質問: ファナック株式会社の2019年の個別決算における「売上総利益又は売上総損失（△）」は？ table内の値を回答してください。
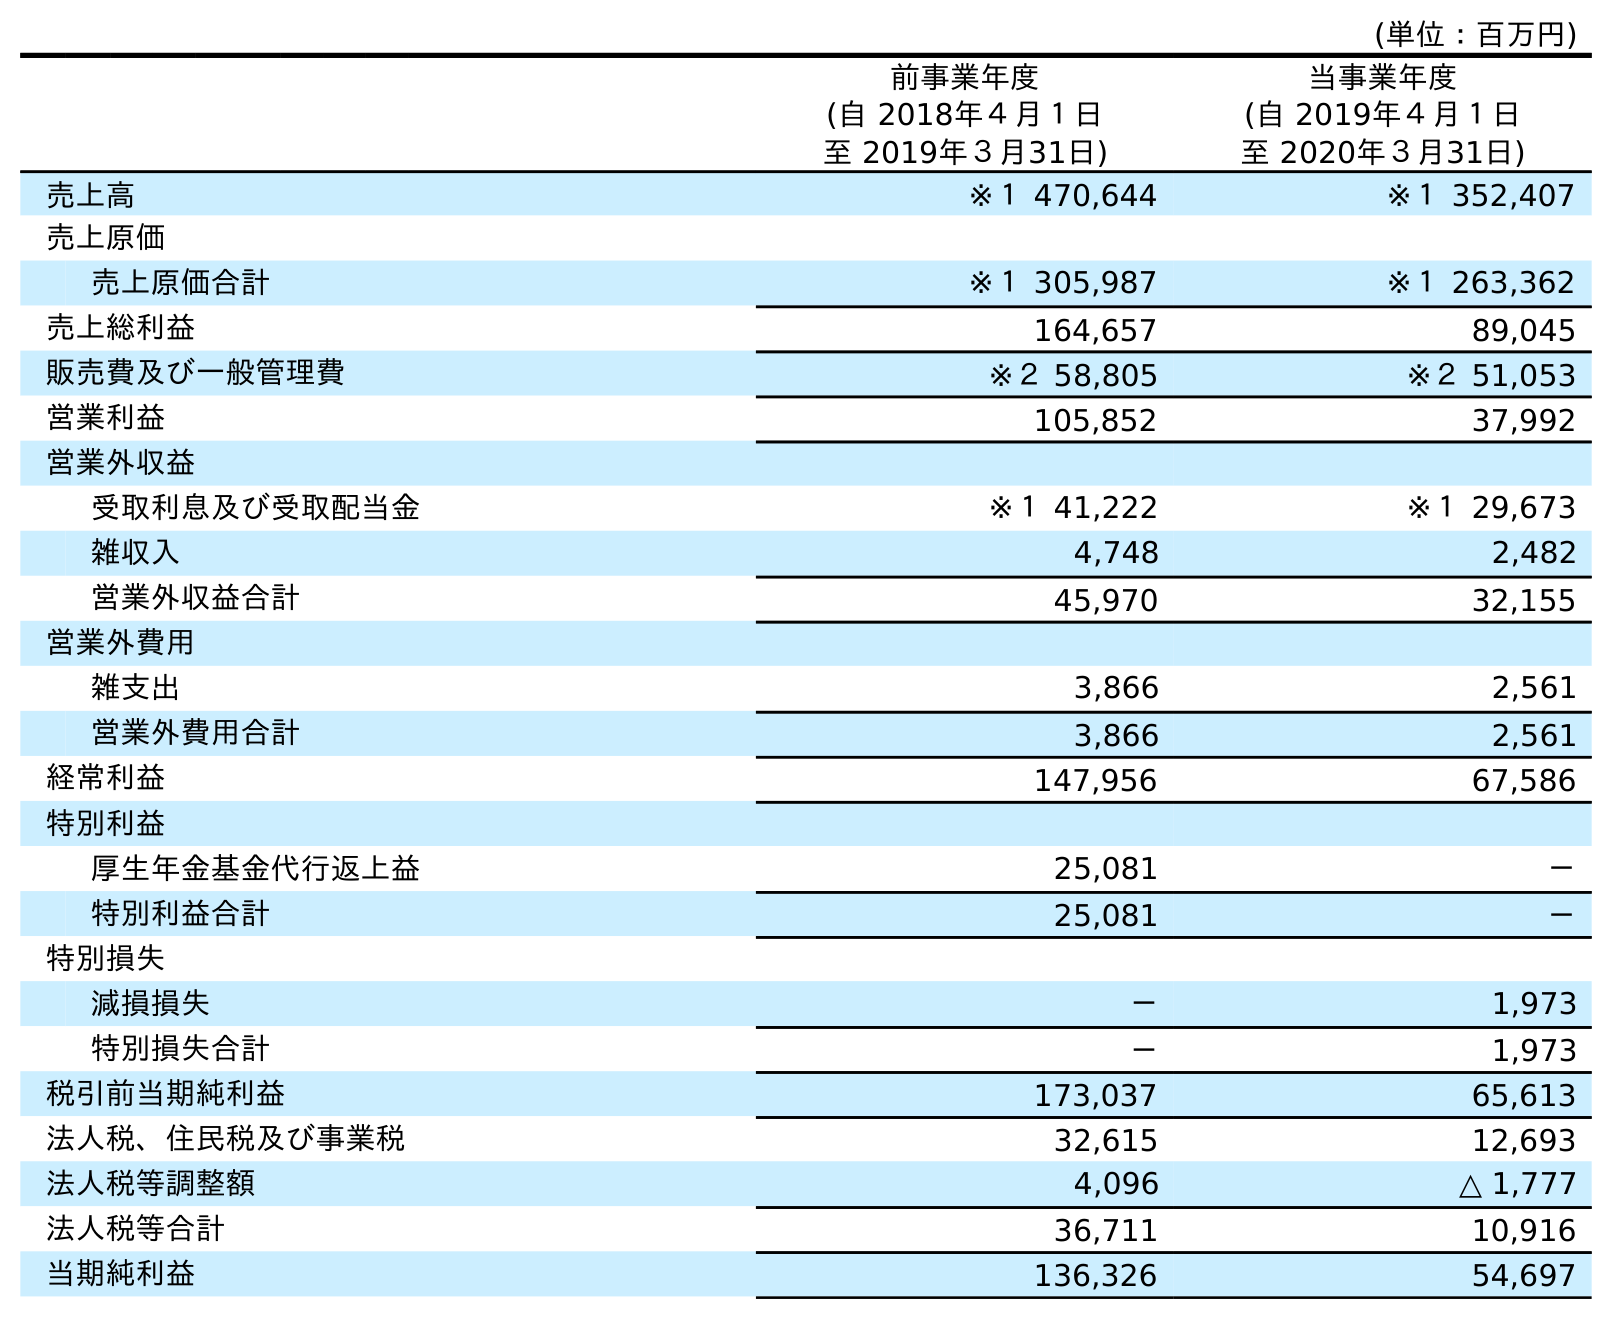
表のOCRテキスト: (単位：百万円) 前事業年度 (自 2018年４月１日 至 2019年３月31日) 当事業年度 (自 2019年４月１日 至 2020年３月31日) 売上高 ※１ 470,644 ※１ 352,407 売上原価 売上原価合計 ※１ 305,987 ※１ 263,362 売上総利益 164,657 89,045 販売費及び一般管理費 ※２ 58,805 ※２ 51,053 営業利益 105,852 37,992 営業外収益 受取利息及び受取配当金 ※１ 41,222 ※１ 29,673 雑収入 4,748 2,482 営業外収益合計 45,970 32,155 営業外費用 雑支出 3,866 2,561 営業外費用合計 3,866 2,561 経常利益 147,956 67,586 特別利益 厚生年金基金代行返上益 25,081 － 特別利益合計 25,081 － 特別損失 減損損失 － 1,973 特別損失合計 － 1,973 税引前当期純利益 173,037 65,613 法人税、住民税及び事業税 32,615 12,693 法人税等調整額 4,096 △ 1,777 法人税等合計 36,711 10,916 当期純利益 136,326 54,697
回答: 164,657